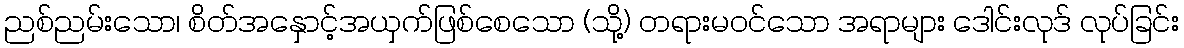
ညစ်ညမ်းသော၊ စိတ်အနှောင့်အယှက်ဖြစ်စေသော (သို့) တရားမဝင်သော အရာများ ဒေါင်းလုဒ် လုပ်ခြင်း